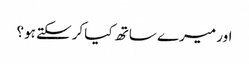
اور میرے ساتھ کیا کرسکتے ہو؟